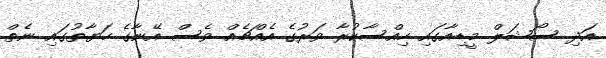
އަދި ސޯޝަލް މީޑިއާގައި ހިއްސާކުރާ ވަރުގެ އެއްޗެއް ވެސް އޭނާގެ ހަޔާތުގައި ނެތް